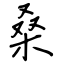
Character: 桑